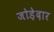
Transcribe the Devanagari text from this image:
जोड़ेदार